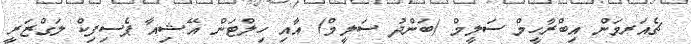
ޗެއަރމަން އިބްރާހީމް ސަލީމް (ބަންދު ސަލީމް) އާއި ހިލްޓަން އޭޝިއާ ޕެސިފިކް ލަގްޒަރީ